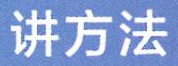
讲方法